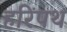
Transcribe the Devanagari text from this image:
हरिंपथ